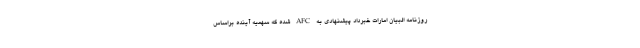
روزنامه البیان امارات خبرداد پیشنهادی به AFC شده که سهمیه آینده براساس